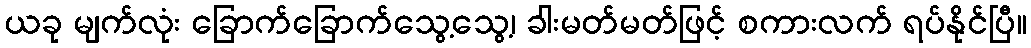
ယခု မျက်လုံး ခြောက်ခြောက်သွေ့သွေ့၊ ခါးမတ်မတ်ဖြင့် စကားလက် ရပ်နိုင်ပြီ။